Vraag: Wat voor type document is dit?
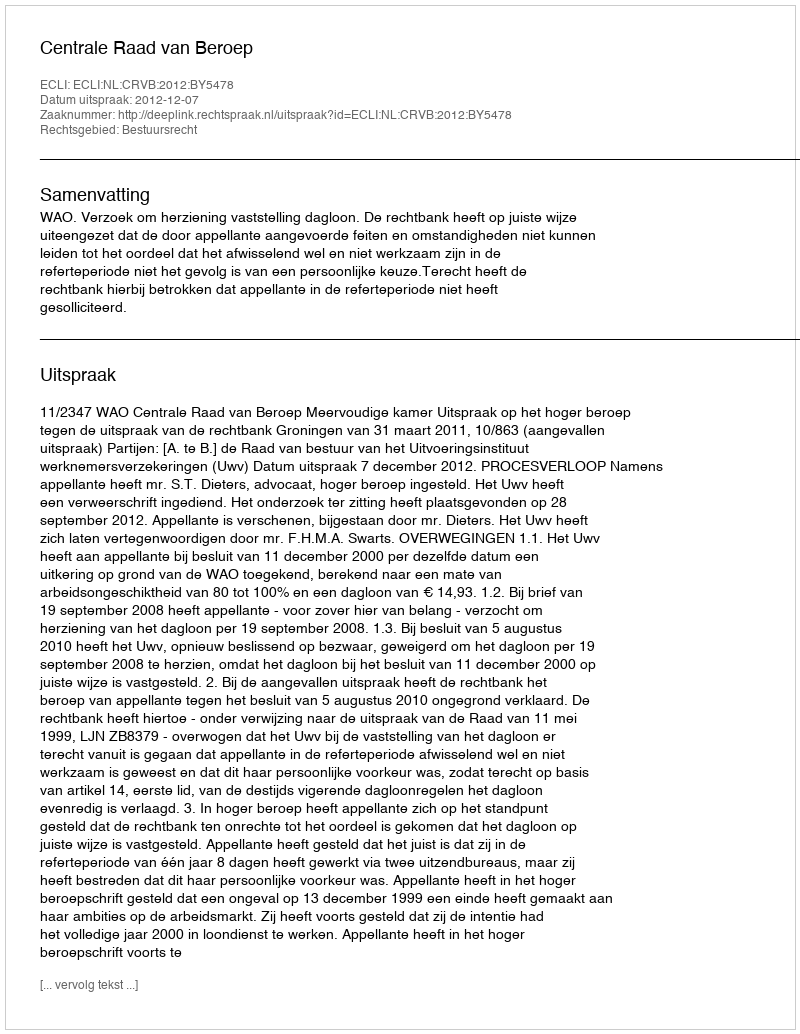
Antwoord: Uitspraak